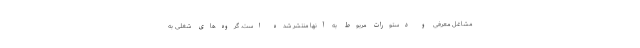
مشاغل معرفی و دستورات مربوط به آنها منتشر شده است. گروه‌های شغلی به